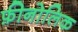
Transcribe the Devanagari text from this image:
फ़ीनोलिक